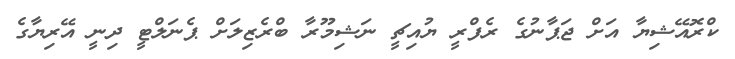
ކްރޮއޭޝިޔާ އަށް ޖަޕާނުގެ ރެފްރީ ޔުއިޗީ ނަޝިމޫރާ ބްރެޒިލަށް ޕެނަލްޓީ ދިނީ އޭރިޔާގެ